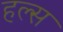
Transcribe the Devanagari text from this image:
हल्स